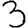
Digit: 3